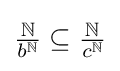
{\tfrac {\mathbb {N} }{b^{\mathbb {N} }}}\subseteq {\tfrac {\mathbb {N} }{c^{\mathbb {N} }}}